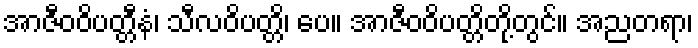
အာဇီဝဝိပတ္တီနံ၊ သီလဝိပတ္တိ၊ ပေ။ အာဇီဝဝိပတ္တိတို့တွင်။ အညတရာ၊